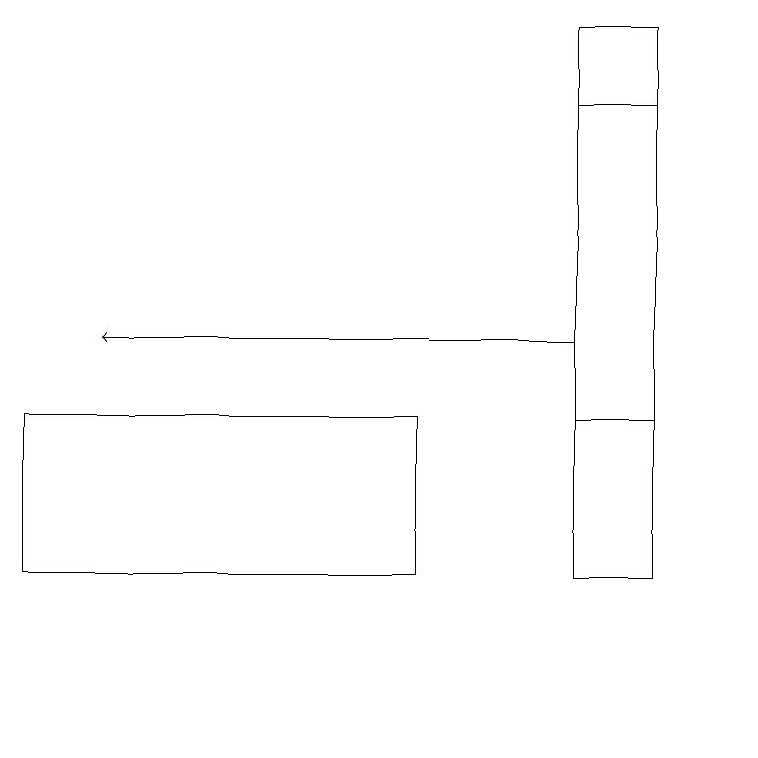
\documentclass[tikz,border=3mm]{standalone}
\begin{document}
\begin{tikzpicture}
\draw (9,18) rectangle (8,14);
\draw (10,10) circle (0);
\draw (1,12) rectangle (6,14);
\draw (8,19) rectangle (9,12);
\draw[->] (8,15) -- (2,15);
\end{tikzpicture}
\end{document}